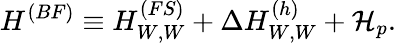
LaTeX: H^{(BF)}\equiv H_{W,W}^{(FS)}+\Delta H_{W,W}^{(h)}+{\cal H}_{p}.